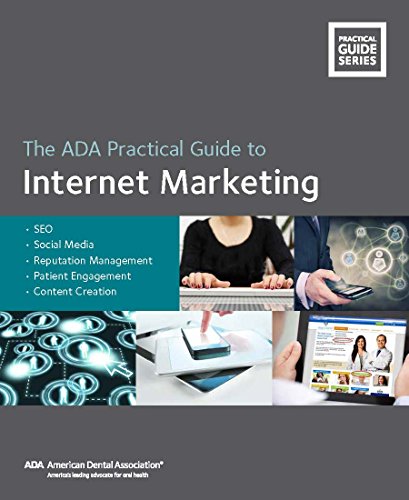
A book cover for The ADA Practical Guide to Internet Marketing: SEO, Social Media, Reputation Management, Patient Engagement and Content Creation; American Dental Association; Medical Books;